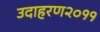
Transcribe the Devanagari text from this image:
उदाहरण२०११